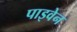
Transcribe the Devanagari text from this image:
पाइवेन